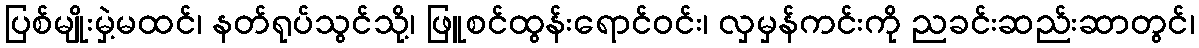
ပြစ်မျိုးမှဲ့မထင်၊ နတ်ရုပ်သွင်သို့၊ ဖြူစင်ထွန်းရောင်ဝင်း၊ လှမှန်ကင်းကို ညခင်းဆည်းဆာတွင်၊